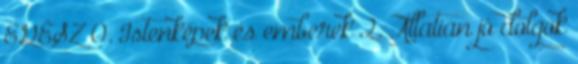
EGÉSZ 0. Istenképek és emberek 2. Állatian jó dolgok